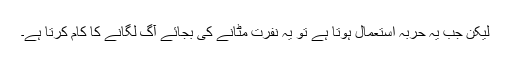
لیکن جب یہ حربہ استعمال ہوتا ہے تو یہ نفرت مٹانے کی بجائے آگ لگانے کا کام کرتا ہے۔